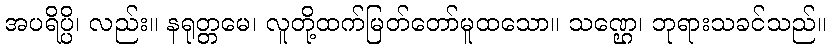
အပရိပ္ပိ၊ လည်း။ နရုတ္တမေ၊ လူတို့ထက်မြတ်တော်မူထသော။ သဏ္ဌေ၊ ဘုရားသခင်သည်။